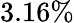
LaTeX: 3.16\%